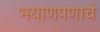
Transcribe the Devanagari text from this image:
भयाणपणाचे